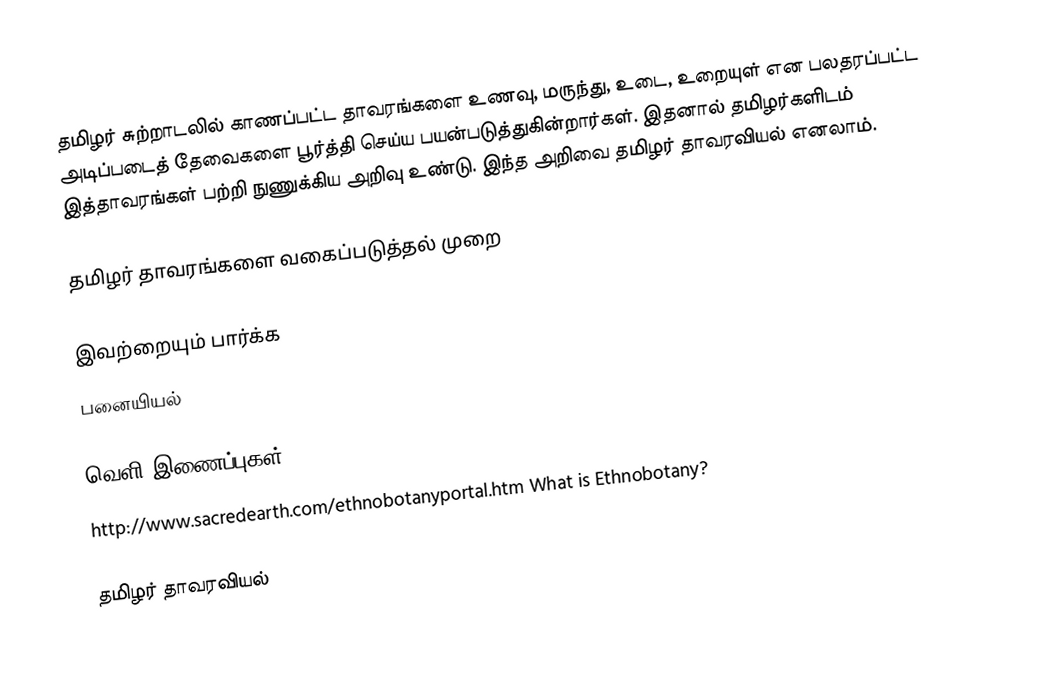
தமிழர் சுற்றாடலில் காணப்பட்ட தாவரங்களை உணவு, மருந்து, உடை, உறையுள் என பலதரப்பட்ட அடிப்படைத் தேவைகளை பூர்த்தி செய்ய பயன்படுத்துகின்றார்கள்.  இதனால் தமிழர்களிடம் இத்தாவரங்கள் பற்றி நுணுக்கிய அறிவு உண்டு.  இந்த அறிவை தமிழர் தாவரவியல் எனலாம்.

தமிழர் தாவரங்களை வகைப்படுத்தல் முறை

இவற்றையும் பார்க்க
 பனையியல்

வெளி இணைப்புகள்
 http://www.sacredearth.com/ethnobotanyportal.htm  What is Ethnobotany?

தமிழர் தாவரவியல்